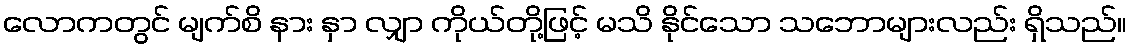
လောကတွင် မျက်စိ နား နှာ လျှာ ကိုယ်တို့ဖြင့် မသိ နိုင်သော သဘောများလည်း ရှိသည်။